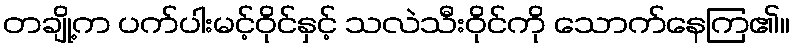
တချို့က ပက်ပါးမင့်ဝိုင်နှင့် သလဲသီးဝိုင်ကို သောက်နေကြ၏။